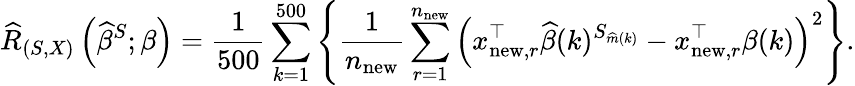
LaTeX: \widehat{R}_{(S,X)}\left(\widehat{\beta}^{S};\beta\right)=\frac{1}{500}\sum_{k=1}^{500}\left\{ \frac{1}{n_{\mathrm{new}}}\sum_{r=1}^{n_{\mathrm{new}}}\left(x_{\mathrm{new},r}^{\top}\widehat{\beta}(k)^{S_{\widehat m(k)}}-x_{\mathrm{new},r}^{\top}\beta(k)\right)^{2}\right\} .